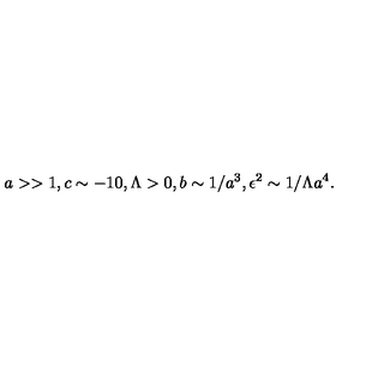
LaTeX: a > > 1 , c \sim - 1 0 , \Lambda > 0 , b \sim 1 / a ^ { 3 } , \epsilon ^ { 2 } \sim 1 / \Lambda a ^ { 4 } .